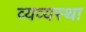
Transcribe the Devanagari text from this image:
व्यव्यस्था